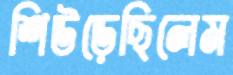
শিউড়েছিলেম